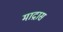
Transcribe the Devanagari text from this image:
माद्रास